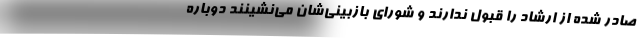
صادر شده از ارشاد را قبول ندارند و شورای بازبینی‌شان می‌نشینند دوباره